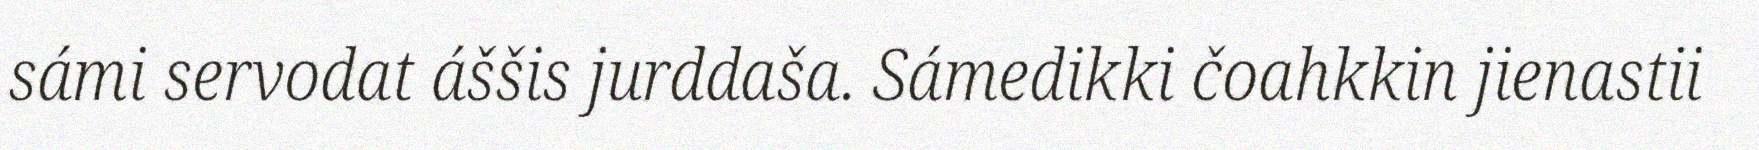
sámi servodat áššis jurddaša. Sámedikki čoahkkin jienastii